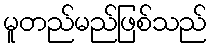
မူတည်မည်ဖြစ်သည်